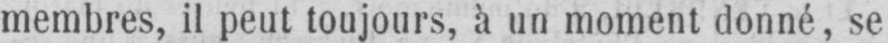
membres, il peut toujours, à un moment donné, se